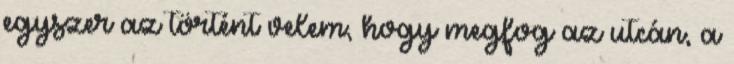
egyszer az történt velem, hogy megfog az utcán, a